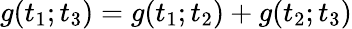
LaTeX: g(t_{1};t_{3})=g(t_{1};t_{2})+g(t_{2};t_{3})